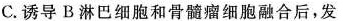
C.诱导B淋巴细胞和骨髓瘤细胞融合后，发